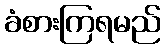
ခံစားကြရမည်